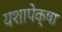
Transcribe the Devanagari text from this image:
यशापेक्षा